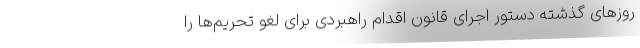
روزهای گذشته دستور اجرای قانون اقدام راهبردی برای لغو تحریم‌ها را